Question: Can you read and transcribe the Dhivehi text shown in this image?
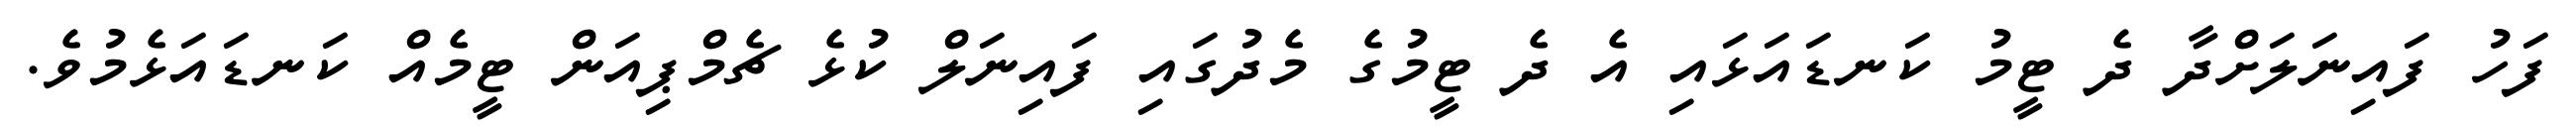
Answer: ފަހު ފައިނަލަށްދާ ދެ ޓީމު ކަނޑައަޅައި އެ ދެ ޓީމުގެ މެދުގައި ފައިނަލް ކުޅެ ޗެމްޕިއަން ޓީމެއް ކަނޑައަޅެމުވެ.